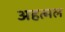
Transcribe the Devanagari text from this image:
अहत्मल